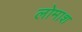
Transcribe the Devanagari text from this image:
लोमाश